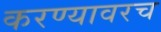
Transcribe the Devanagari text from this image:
करण्यावरच